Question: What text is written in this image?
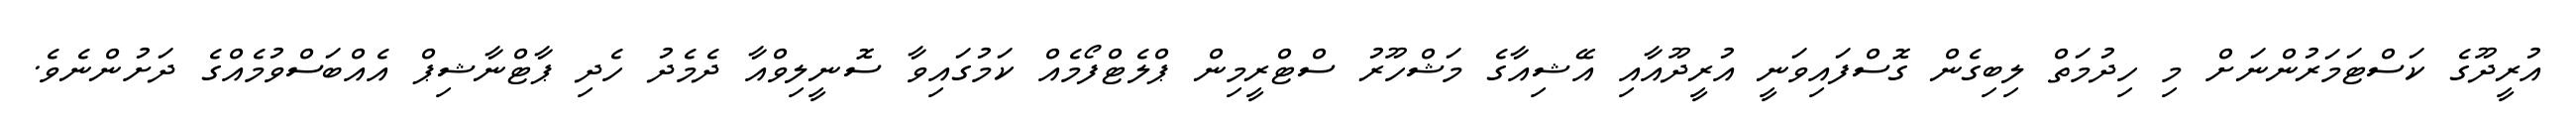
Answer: އުރީދޫގެ ކަސްޓަމަރުންނަށް މި ހިދުމަތް ލިބިގެން ގޮސްފައިވަނީ އުރީދޫއާއި އޭޝިއާގެ މަޝްހޫރު ސްޓްރީމިން ޕްލެޓްފޯމެއް ކަމުގައިވާ ސޮނީލިވްއާ ދެމެދު ހެދި ޕާޓްނާޝިޕް އެއްބަސްވުމެއްގެ ދަށުންނެވެ.